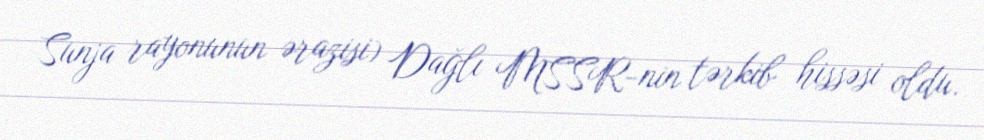
Sunja rayonunun ərazisi) Dağlı MSSR-nin tərkib hissəsi oldu.